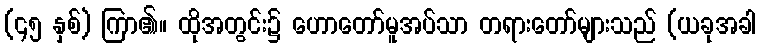
(၄၅ နှစ်) ကြာ၏။ ထိုအတွင်း၌ ဟောတော်မူအပ်သာ တရားတော်များသည် (ယခုအခါ